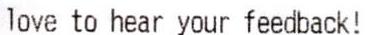
LOVE TO HEAR YOUR FEEDBACK!